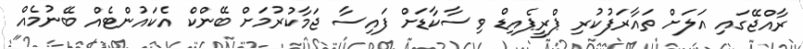
ރާއްޖޭގައި އަލަށް ތައާރަފުކުރި ޕްރީޕެއިޑް ވިސާކާޑަށް ފައިސާ ޖަމާކުރުމަށް ބޭންކް އެކައުންޓެއް ބޭނުމެއް